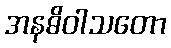
အနဓိဝါသတော